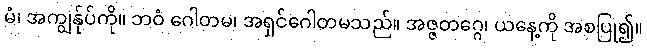
မံ၊ အကျွန်ုပ်ကို။ ဘဝံ ဂေါတမ၊ အရှင်ဂေါတမသည်။ အဇ္ဇတဂ္ဂေ၊ ယနေ့ကို အစပြု၍။